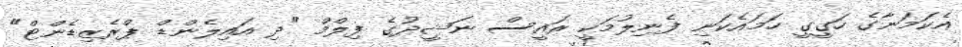
އެކަމަނާގެ ހަގީގީ ހަމައެކަނި ފެނިލުމަކީ ރައީސް ނަޝީދުގެ ފިލްމް "ދި އައިލެންޑް ޕްރެޒިޑެންޓް"